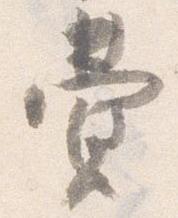
費